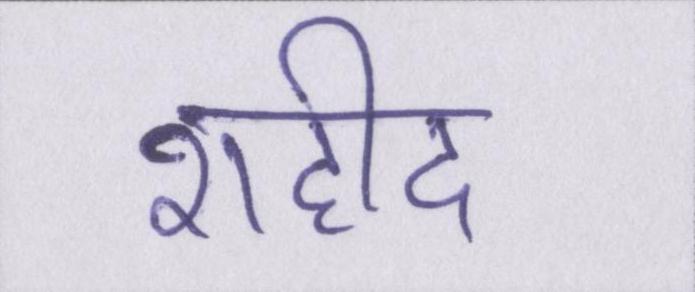
शहीद